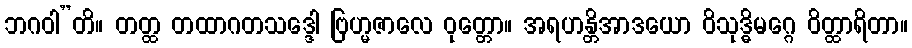
ဘဂဝါ”တိ။ တတ္ထ တထာဂတသဒ္ဒေါ ဗြဟ္မဇာလေ ဝုတ္တော။ အရဟန္တိအာဒယော ဝိသုဒ္ဓိမဂ္ဂေ ဝိတ္ထာရိတာ။